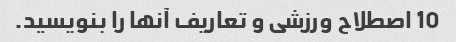
10 اصطلاح ورزشی و تعاریف آنها را بنویسید.